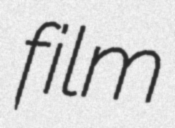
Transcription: film